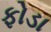
ફોડા